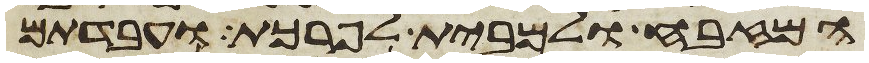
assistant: המזבח ולמבית לפרכת ועבדתם